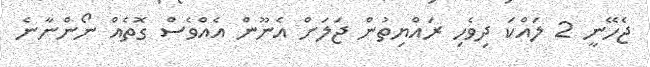
ޖެހޭނީ 2 ލައްކަ ދިވެހި ރައްޔިތުން ޖަލަށް އެނޫން އެއްވެސް ގޮތެއް ނޯންނާނެ